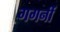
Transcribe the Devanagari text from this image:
गगनीं